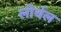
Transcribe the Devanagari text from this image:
लोर्थल